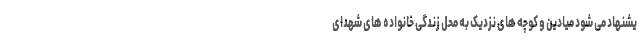
یشنهاد می شود میادین و کوچه های نزدیک به محل زندگی خانواده های شهدای